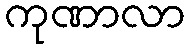
ကုဏာလာ